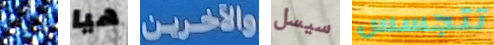
أعرف هيا والآخرين سيسل تتجسس